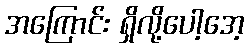
အကြောင်း ရှိလို့ပေါ့အေ့